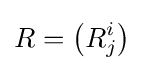
R=\left(R_{j}^{i}\right)